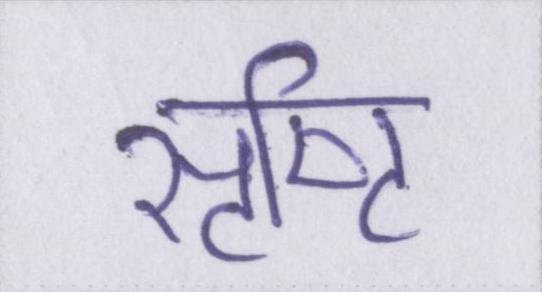
सृष्टि